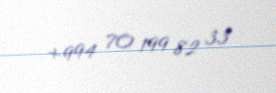
+994 70 199 82 33